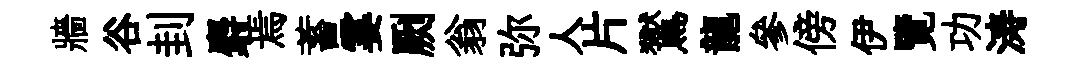
牆谷刲麝焉蓄霎劂翁弥人片鸑龍參傍伊覽功涛